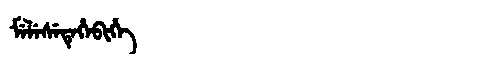
Manchu: ᠮᡝᠯᡝᠰᡝᡨᡝᡥᡝᠪᡳᡥᡝ
Romanization: MELESETEHEBIHE